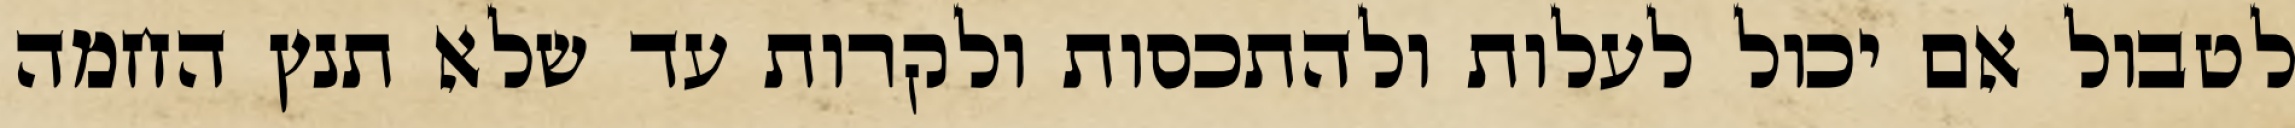
לטבול אם יכול לעלות ולהתכסות ולקרות עד שלא תנץ החמה